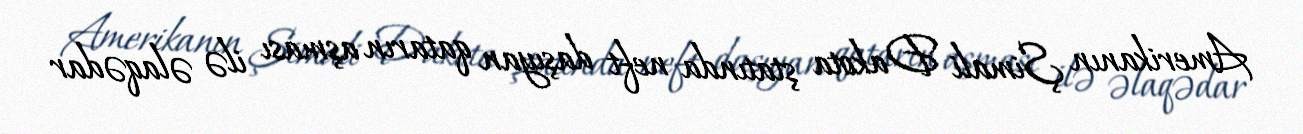
Amerikanın Şimali Dakota ştatında neft daşıyan qatarın aşması ilə əlaqədar